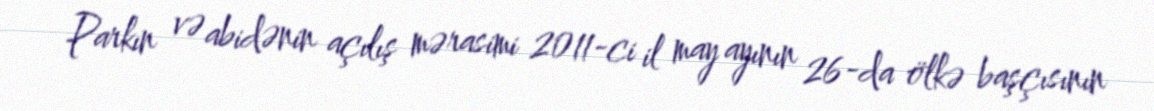
Parkın və abidənin açılış mərasimi 2011-ci il may ayının 26-da ölkə başçısının